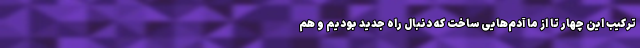
ترکیب این چهار تا از ما آدم‌هایی ساخت که دنبال راه جدید بودیم و هم